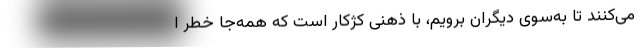
می‌کنند تا به‌سوی دیگران برویم، با ذهنی کژکار است که همه‌جا خطر ا